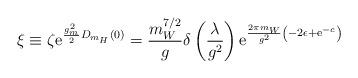
LaTeX: \begin{align*}\xi\equiv\zeta{\rm e}^{\frac{g_m^2}{2}D_{m_H}(0)}=\frac{m_W^{7/2}}{g}\delta\left(\frac{\lambda}{g^2}\right){\rm e}^{\frac{2\pi m_W}{g^2}\left(-2\epsilon+{\rm e}^{-c}\right)}\end{align*}